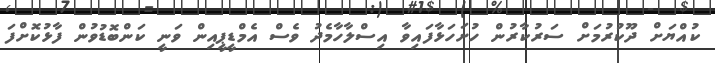
ކުއްޔަށް ދޫކުރުމަށް ސަރުކާރުން ހުށަހަޅާފައިވާ އިސްލާހާމެދު ވެސް އެމްޑީޕީއިން ވަނީ ކަންބޮޑުވުން ފާޅުކޮށްފަ